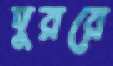
দুররে